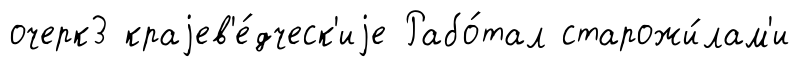
очерк3 краjев'е́дческ'иjе Рабо́тал старожи́лам'и